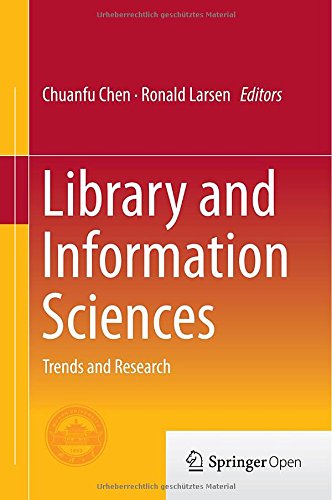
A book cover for Library and Information Sciences: Trends and Research; Business & Money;